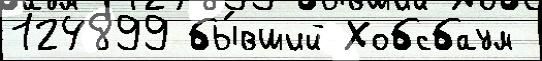
124899 бы́вший Хобсбаум